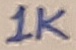
Text: 1K